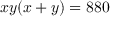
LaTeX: x y ( x + y ) = 8 8 0